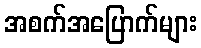
အစက်အပြောက်များ